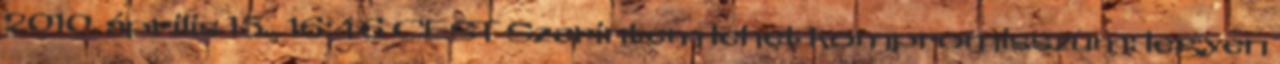
2010. április 15., 16:46 CEST Szerintem lehet kompromisszum: legyen